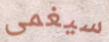
سيغمى